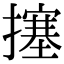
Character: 㩙